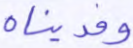
وفديناه